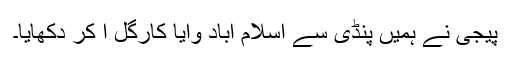
پیجی نے ہمیں پنڈی سے اسلام آباد وایا کارگل آ کر دکھایا۔